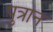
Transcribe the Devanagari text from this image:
पुत्रान